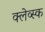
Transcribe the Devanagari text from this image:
क्लेव्स्क